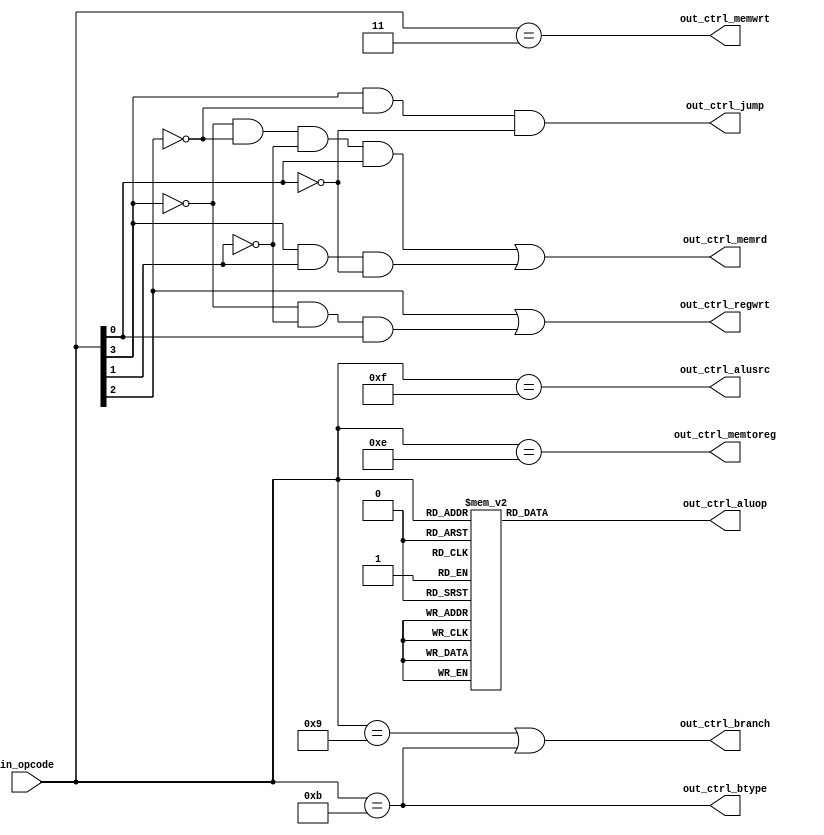
`timescale 1ns / 1ps

module Control (
        input [3:0] in_opcode,
        output reg out_ctrl_regwrt,
        output reg out_ctrl_memrd,
        output reg out_ctrl_memwrt,
        output reg out_ctrl_alusrc,
        output reg [2:0] out_ctrl_aluop,
        output reg out_ctrl_memtoreg,
        output reg out_ctrl_branch,
        output reg out_ctrl_btype,
        output reg out_ctrl_jump
    );

    initial begin
        out_ctrl_regwrt = 0;
        out_ctrl_memrd = 0;
        out_ctrl_memwrt = 0;
        out_ctrl_alusrc = 0;
        out_ctrl_aluop = 3'b011;    // NOP
        out_ctrl_memtoreg = 0;
        out_ctrl_branch = 0;
        out_ctrl_btype = 0;
        out_ctrl_jump = 0;
    end

    always @(in_opcode) begin
        out_ctrl_memrd = !in_opcode[3] && !in_opcode[2] && !in_opcode[1] && in_opcode[0]
                    || in_opcode[3] && in_opcode[1] && !in_opcode[0];

        out_ctrl_memwrt = in_opcode == 4'b0011;

        out_ctrl_alusrc = in_opcode == 4'b1111;

        out_ctrl_jump = in_opcode[3] && !in_opcode[2] && !in_opcode[0];

        out_ctrl_regwrt = in_opcode[2]
                    || !in_opcode[3] && !in_opcode[1] && in_opcode[0];

        out_ctrl_memtoreg = in_opcode == 4'b1110;

        out_ctrl_branch = in_opcode == 4'b1001 || in_opcode == 4'b1011;

        out_ctrl_btype = in_opcode == 4'b1011;

        // ALUop
        begin
            case (in_opcode)
            // add
                4'b1111: out_ctrl_aluop = 3'b100;
                4'b0100: out_ctrl_aluop = 3'b100;
            // increment
                4'b0101: out_ctrl_aluop = 3'b010;
            // negate
                4'b0110: out_ctrl_aluop = 3'b001;
            // subtract
                4'b0111: out_ctrl_aluop = 3'b000;
            // pass
                4'b1000: out_ctrl_aluop = 3'b111;
                4'b1001: out_ctrl_aluop = 3'b111;
                4'b1011: out_ctrl_aluop = 3'b111;
            // nop
                default: out_ctrl_aluop = 3'b011;
            endcase
        end
    end

endmodule // Control